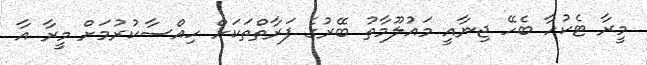
މީރާ ޓެކުހާ ބެހޭ ޖިނާއީ މައުލޫމާތު ބޭރުގެ ފަރާތްތަކަށް ހިއްސާކުރުމަށް މީރާ އާ